Civil Veterinary Dept. Assam report 1911-1927 - 1911-1927
Year: 1911
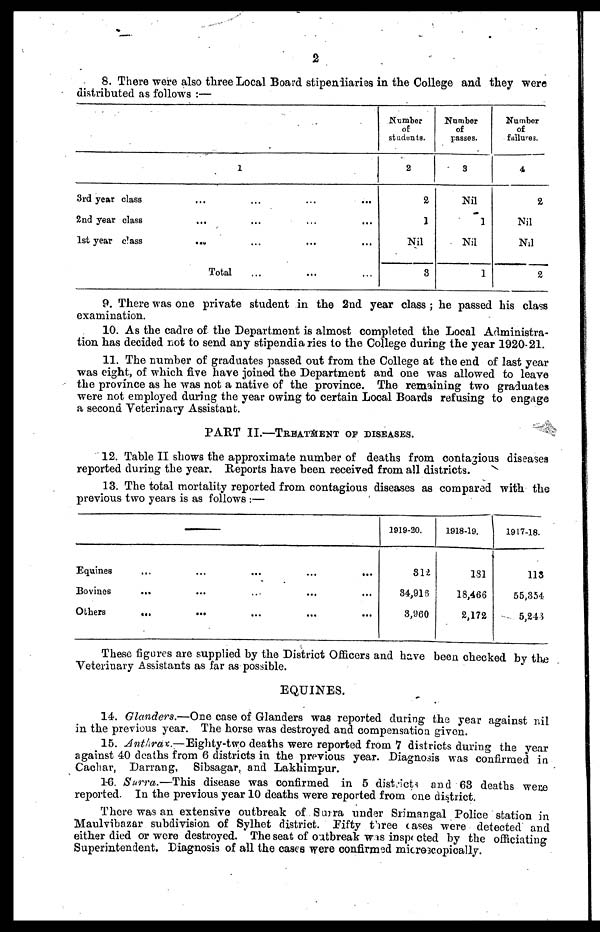
2
8. There were also three Local Board stipendiaries in the College and they were
distributed as follows :—
1
3rd year class ... ... ... ...
2nd year class ... ... ... ...
1st year class ... ... ... ...
Total ... ... ...
Number
of
students.
2
2
1
Nil
3
Number
of
passes.
3
Nil
1
Nil
1
Number
of
failures.
4
2
Nil
Nil
2
9. There was one private student in the 2nd year class ; he passed his class
examination.
10. As the cadre of the Department is almost completed the Local Administra-
tion has decided not to send any stipendiaries to the College during the year 1920-21.
11. The number of graduates passed out from the College at the end of last year
was eight, of which five have joined the Department and one was allowed to leave
the province as he was not a native of the province. The remaining two graduates
were not employed during the year owing to certain Local Boards refusing to engage
a second Veterinary Assistant.
PART II.—TREATMENT OF DISEASES.
12. Table II shows the approximate number of deaths from contagious diseases
reported during the year. Reports have been received from all districts.
13. The total mortality reported from contagious diseases as compared with the
previous two years is as follows :—
Equines
...
...
...
...
...
Bovines ... ... ... ... ...
Others ... ... ... ... ...
1919-20.
312
34,916
3,960
1918-19.
181
18,466
2,172
1917-18.
115
55,354
5,24 3
These figures are supplied by the District Officers and have been checked by the
Veterinary Assistants as far as possible.
EQUINES.
14. Glanders.—One case of Glanders was reported during the year against nil
in the previous year. The horse was destroyed and compensation given.
15. Anthrax,.—Eighty-two deaths were reported from 7 districts during the year
against 40 deaths from 6 districts in the previous year. Diagnosis was confirmed in
Cachar, Darrang, Sibsagar, and Lakhimpur.
16. Surra.—This disease was confirmed in 5 districts and 63 deaths were
reported. In the previous year 10 deaths were reported from one district.
There was an extensive outbreak of Surra under Srimangal Police station in
Maulvibazar subdivision of Sylhet district. Fifty three cases were detected and
either died or were destroyed. The seat of outbreak was inspected by the officiating
Superintendent. Diagnosis of all the cases were confirmed microscopically.